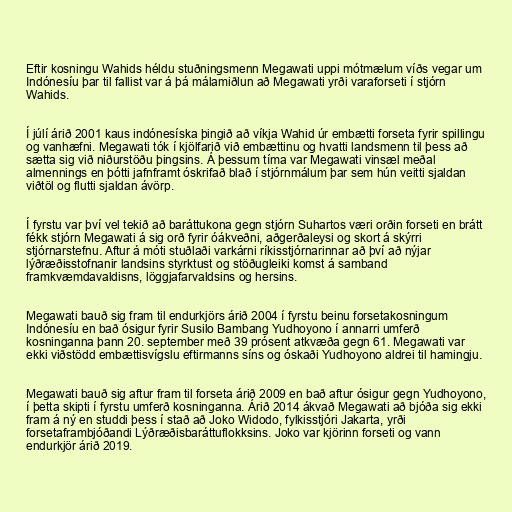
Eftir kosningu Wahids héldu stuðningsmenn Megawati uppi mótmælum víðs vegar um
Indónesíu þar til fallist var á þá málamiðlun að Megawati yrði varaforseti í stjórn
Wahids.

Í júlí árið 2001 kaus indónesíska þingið að víkja Wahid úr embætti forseta fyrir spillingu
og vanhæfni. Megawati tók í kjölfarið við embættinu og hvatti landsmenn til þess að
sætta sig við niðurstöðu þingsins. Á þessum tíma var Megawati vinsæl meðal
almennings en þótti jafnframt óskrifað blað í stjórnmálum þar sem hún veitti sjaldan
viðtöl og flutti sjaldan ávörp.

Í fyrstu var því vel tekið að baráttukona gegn stjórn Suhartos væri orðin forseti en brátt
fékk stjórn Megawati á sig orð fyrir óákveðni, aðgerðaleysi og skort á skýrri
stjórnarstefnu. Aftur á móti stuðlaði varkárni ríkisstjórnarinnar að því að nýjar
lýðræðisstofnanir landsins styrktust og stöðugleiki komst á samband
framkvæmdavaldisns, löggjafarvaldsins og hersins.

Megawati bauð sig fram til endurkjörs árið 2004 í fyrstu beinu forsetakosningum
Indónesíu en bað ósigur fyrir Susilo Bambang Yudhoyono í annarri umferð
kosninganna þann 20. september með 39 prósent atkvæða gegn 61. Megawati var
ekki viðstödd embættisvígslu eftirmanns síns og óskaði Yudhoyono aldrei til hamingju.

Megawati bauð sig aftur fram til forseta árið 2009 en bað aftur ósigur gegn Yudhoyono,
í þetta skipti í fyrstu umferð kosninganna. Árið 2014 ákvað Megawati að bjóða sig ekki
fram á ný en studdi þess í stað að Joko Widodo, fylkisstjóri Jakarta, yrði
forsetaframbjóðandi Lýðræðisbaráttuflokksins. Joko var kjörinn forseti og vann
endurkjör árið 2019.